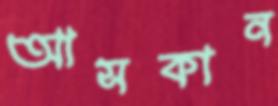
আসকান